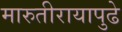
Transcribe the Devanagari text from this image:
मारुतीरायापुढे